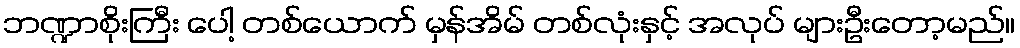
ဘဏ္ဍာစိုးကြီး ပေါ့ တစ်ယောက် မှန်အိမ် တစ်လုံးနှင့် အလုပ် များဦးတော့မည်။